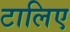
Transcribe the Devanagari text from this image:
टालिए